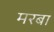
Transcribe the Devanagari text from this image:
मरबा